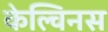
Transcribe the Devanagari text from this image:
केल्विनस